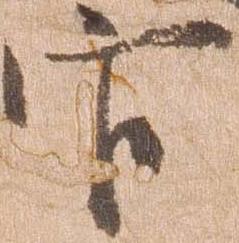
官